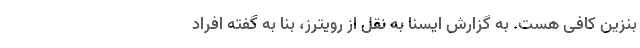
بنزین کافی هست. به گزارش ایسنا به نقل از رویترز، بنا به گفته افراد